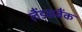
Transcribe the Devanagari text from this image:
लैंडसबैंक